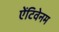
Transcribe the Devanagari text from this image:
ऐंटिवेनम